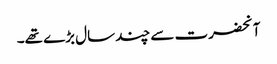
آنحضرت سے چند سال بڑے تھے۔